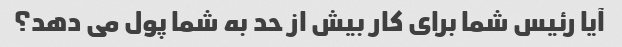
آیا رئیس شما برای کار بیش از حد به شما پول می دهد؟